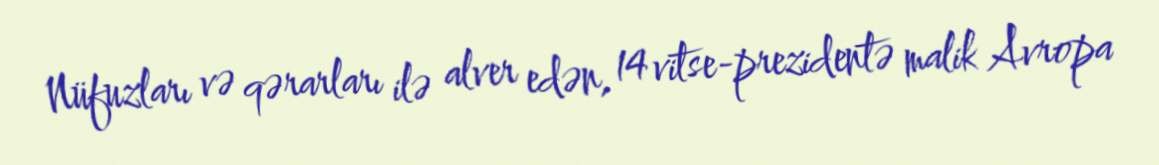
Nüfuzları və qərarları ilə alver edən, 14 vitse-prezidentə malik Avropa